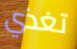
تغذي